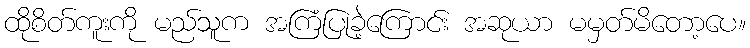
ထိုစိတ်ကူးကို မည်သူက အကြံပြုခဲ့ကြောင်း အဆုယာ မမှတ်မိတော့ပေ။